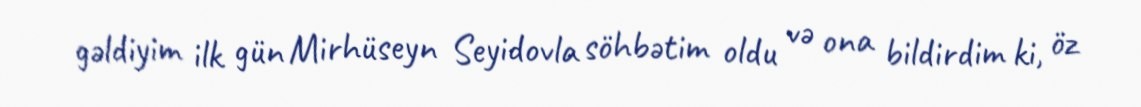
gəldiyim ilk gün Mirhüseyn Seyidovla söhbətim oldu və ona bildirdim ki, öz